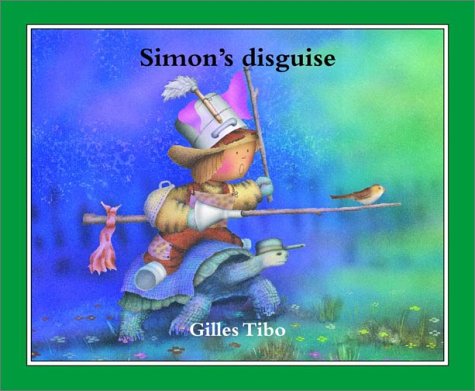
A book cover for Simon's disguise; Gilles Tibo; Arts & Photography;